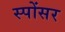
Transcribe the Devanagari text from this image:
स्पोंसर